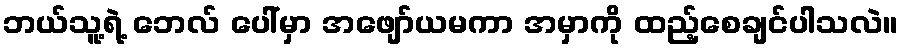
ဘယ်သူ့ရဲ့ ဘေလ် ပေါ်မှာ အဖျော်ယမကာ အမှာကို ထည့်စေချင်ပါသလဲ။